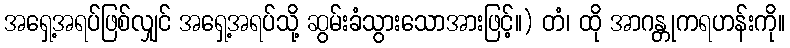
အရှေ့အရပ်ဖြစ်လျှင် အရှေ့အရပ်သို့ ဆွမ်းခံသွားသောအားဖြင့်။) တံ၊ ထို အာဂန္တုကရဟန်းကို။